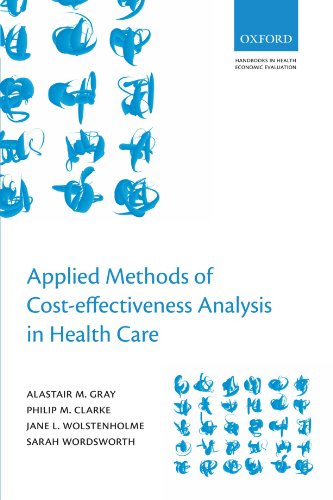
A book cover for Applied Methods of Cost-effectiveness Analysis in Healthcare (Handbooks in Health Economic Evaluation Series); Alistair M. Gray; Medical Books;